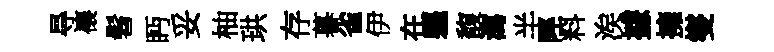
㝵禳髫眄妥柚珙存暮雀伊在軀馥瀉半陘料涘據擁燮